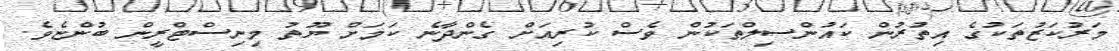
މަރުކަޒުތަކުގެ އިތުރުން ކައުންސިލްތަކުން ވެސް ކުރިއަށް ގެންދާނެ ކަމަށް ޔޫތު މިނިސްޓްރީން ބުންޏެވެ.